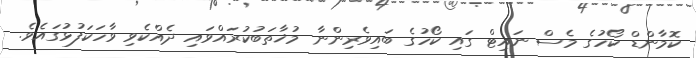
ކޮމާންޑް ކޯހުގެ މެސް ނައިޓް ގައި ކޯހުގެ ބައިވެރިންނާ މުޚާތަބުކުރައްވައި ދެއްކެވި ވާހަކަފުޅުގައެވެ.